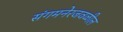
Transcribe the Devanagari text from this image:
संगमनेरजवळील